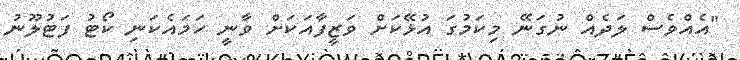
"އެއްވެސް ލަދެއް ނުގަނޭ މިކަމުގަ އުޅޭކަށް ވަޒީފާއަކަށް ވާނީ ހަމައެކަނި ކޯޓު ފަޓުލޫނު